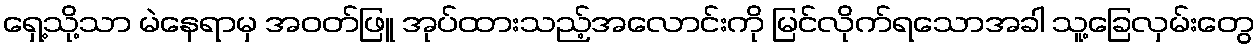
ရှေ့သို့သာ မဲနေရာမှ အဝတ်ဖြူ အုပ်ထားသည့်အလောင်းကို မြင်လိုက်ရသောအခါ သူ့ခြေလှမ်းတွေ